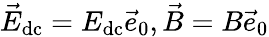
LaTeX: \vec{E}_{\mathrm{dc}}=E_{\mathrm{dc}}\vec{e}_{0},\vec{B}=B\vec{e}_{0}